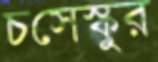
চসেস্কুর